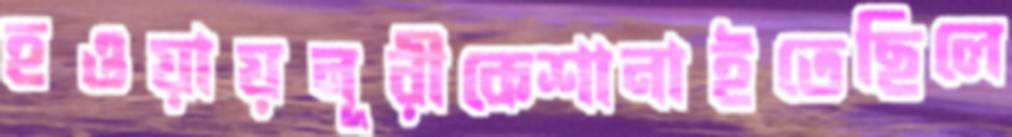
হওয়ায়নূরীকেশানাইতেছিলে